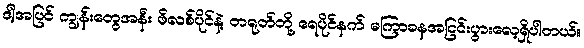
ဒါ့အပြင် ကျွန်းတွေအနီး ဖိလစ်ပိုင်နဲ့ တရုတ်တို့ ရေပိုင်နက် မကြာခနအငြင်းပွားလေ့ရှိပါတယ်။